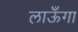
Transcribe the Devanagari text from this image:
लाऊँगा